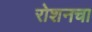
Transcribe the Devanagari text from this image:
रोशनचा